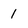
Character: 1